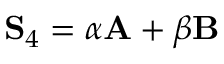
\mathbf { S } _ { 4 } = \alpha \mathbf { A } + \beta \mathbf { B }